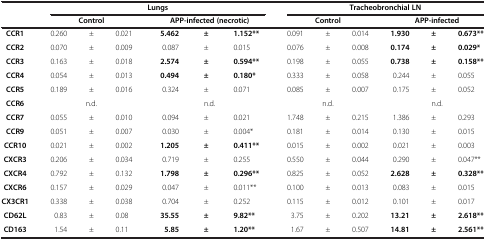
<table><thead><tr><td><b> </b></td><td colspan="6"><b>Lungs</b></td><td colspan="6"><b>Tracheobronchial LN</b></td></tr><tr><td><b> </b></td><td colspan="3"><b>Control</b></td><td colspan="3"><b>APP-infected (necrotic)</b></td><td colspan="3"><b>Control</b></td><td colspan="3"><b>APP-infected</b></td></tr></thead><tbody><tr><td><b>CCR1</b></td><td>0.260</td><td>±</td><td>0.021</td><td><b>5.462</b></td><td><b>±</b></td><td><b>1.152**</b></td><td>0.091</td><td>±</td><td>0.014</td><td><b>1.930</b></td><td><b>±</b></td><td><b>0.673**</b></td></tr><tr><td><b>CCR2</b></td><td>0.070</td><td>±</td><td>0.009</td><td>0.087</td><td>±</td><td>0.015</td><td>0.076</td><td>±</td><td>0.008</td><td><b>0.174</b></td><td><b>±</b></td><td><b>0.029*</b></td></tr><tr><td><b>CCR3</b></td><td>0.163</td><td>±</td><td>0.018</td><td><b>2.574</b></td><td><b>±</b></td><td><b>0.594**</b></td><td>0.198</td><td>±</td><td>0.055</td><td><b>0.738</b></td><td><b>±</b></td><td><b>0.158**</b></td></tr><tr><td><b>CCR4</b></td><td>0.054</td><td>±</td><td>0.013</td><td><b>0.494</b></td><td><b>±</b></td><td><b>0.180*</b></td><td>0.333</td><td>±</td><td>0.058</td><td>0.244</td><td>±</td><td>0.055</td></tr><tr><td><b>CCR5</b></td><td>0.189</td><td>±</td><td>0.016</td><td>0.324</td><td>±</td><td>0.071</td><td>0.085</td><td>±</td><td>0.007</td><td>0.175</td><td>±</td><td>0.052</td></tr><tr><td><b>CCR6</b></td><td colspan="3">n.d.</td><td colspan="3">n.d.</td><td colspan="3">n.d.</td><td colspan="3">n.d.</td></tr><tr><td><b>CCR7</b></td><td>0.055</td><td>±</td><td>0.010</td><td>0.094</td><td>±</td><td>0.021</td><td>1.748</td><td>±</td><td>0.215</td><td>1.386</td><td>±</td><td>0.293</td></tr><tr><td><b>CCR9</b></td><td>0.051</td><td>±</td><td>0.007</td><td>0.030</td><td>±</td><td>0.004*</td><td>0.181</td><td>±</td><td>0.014</td><td>0.130</td><td>±</td><td>0.015</td></tr><tr><td><b>CCR10</b></td><td>0.021</td><td>±</td><td>0.002</td><td><b>1.205</b></td><td><b>±</b></td><td><b>0.411**</b></td><td>0.015</td><td>±</td><td>0.002</td><td>0.021</td><td>±</td><td>0.003</td></tr><tr><td><b>CXCR3</b></td><td>0.206</td><td>±</td><td>0.034</td><td>0.719</td><td>±</td><td>0.255</td><td>0.550</td><td>±</td><td>0.044</td><td>0.290</td><td>±</td><td>0.047**</td></tr><tr><td><b>CXCR4</b></td><td>0.792</td><td>±</td><td>0.132</td><td><b>1.798</b></td><td><b>±</b></td><td><b>0.296**</b></td><td>0.825</td><td>±</td><td>0.052</td><td><b>2.628</b></td><td><b>±</b></td><td><b>0.328**</b></td></tr><tr><td><b>CXCR6</b></td><td>0.157</td><td>±</td><td>0.029</td><td>0.047</td><td>±</td><td>0.011**</td><td>0.100</td><td>±</td><td>0.013</td><td>0.083</td><td>±</td><td>0.015</td></tr><tr><td><b>CX3CR1</b></td><td>0.338</td><td>±</td><td>0.038</td><td>0.704</td><td>±</td><td>0.252</td><td>0.115</td><td>±</td><td>0.012</td><td>0.101</td><td>±</td><td>0.017</td></tr><tr><td><b>CD62L</b></td><td>0.83</td><td>±</td><td>0.08</td><td><b>35.55</b></td><td><b>±</b></td><td><b>9.82**</b></td><td>3.75</td><td>±</td><td>0.202</td><td><b>13.21</b></td><td><b>±</b></td><td><b>2.618**</b></td></tr><tr><td><b>CD163</b></td><td>1.54</td><td>±</td><td>0.11</td><td><b>5.85</b></td><td><b>±</b></td><td><b>1.20**</b></td><td>1.67</td><td>±</td><td>0.507</td><td><b>14.81</b></td><td><b>±</b></td><td><b>2.561**</b></td></tr></tbody></table>